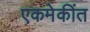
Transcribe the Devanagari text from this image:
एकमेकींत